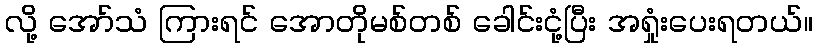
လို့ အော်သံ ကြားရင် အောတိုမစ်တစ် ခေါင်းငုံ့ပြီး အရှုံးပေးရတယ်။